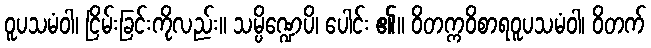
ဝူပသမံဝါ၊ ငြိမ်းခြင်းကိုလည်း။ သမ္ပိဏ္ဍေပိ၊ ပေါင်း ၏။ ဝိတက္ကဝိစာရဝူပသမံဝါ၊ ဝိတက်